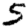
Digit: 5